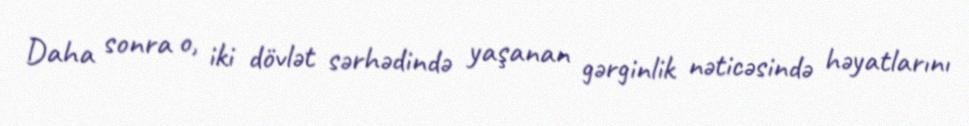
Daha sonra o, iki dövlət sərhədində yaşanan gərginlik nəticəsində həyatlarını